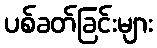
ပစ်ခတ်ခြင်းများ